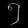
Digit: ၅